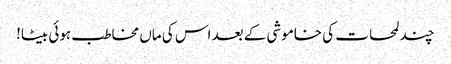
چند لمحات کی خاموشی کے بعد اس کی ماں مخاطب ہوئی بیٹا!